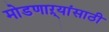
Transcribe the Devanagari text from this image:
मोडणाऱ्यांसाठी